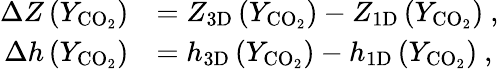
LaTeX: \begin{array}{rl}{\Delta Z\left(Y_{\mathrm{CO_{2}}}\right)}&{=Z_{\mathrm{3D}}\left(Y_{\mathrm{CO_{2}}}\right)-Z_{\mathrm{1D}}\left(Y_{\mathrm{CO_{2}}}\right)\ ,}\\ {\Delta h\left(Y_{\mathrm{CO_{2}}}\right)}&{=h_{\mathrm{3D}}\left(Y_{\mathrm{CO_{2}}}\right)-h_{\mathrm{1D}}\left(Y_{\mathrm{CO_{2}}}\right)\ ,}\end{array}